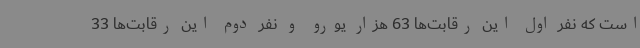
است که نفر اول این رقابت‌ها 63 هزار یورو و نفر دوم این رقابت‌ها 33